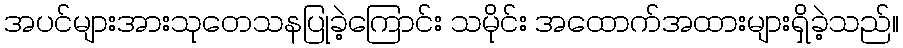
အပင်များအားသုတေသနပြုခဲ့ကြောင်း သမိုင်း အထောက်အထားများရှိခဲ့သည်။